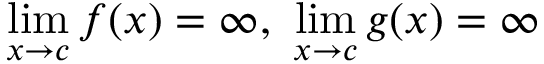
\operatorname* { l i m } _ { x \to c } f ( x ) = \infty , \ \operatorname* { l i m } _ { x \to c } g ( x ) = \infty